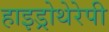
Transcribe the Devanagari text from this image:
हाइड्रोथेरेपी